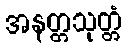
အနတ္တသုတ္တံ